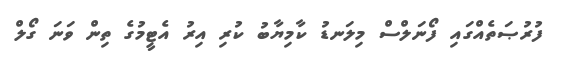
ފުރުޞަތެއްގައި ފޯނަލްސް މިލަނޑު ކާމިޔާބު ކުރި އިރު އެޓީމުގެ ތިން ވަނަ ގޯލް